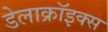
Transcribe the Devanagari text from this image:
डेलाक्रॉइक्स